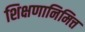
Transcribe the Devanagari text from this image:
शिक्षणानिमित्त